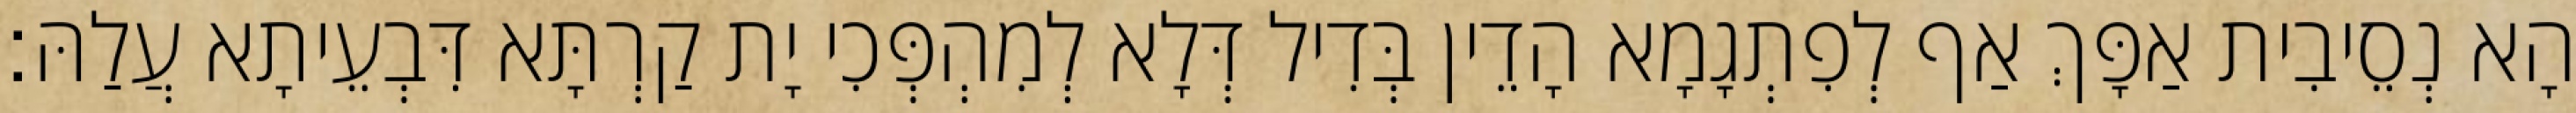
הָא נְסֵיבִית אַפָּךְ אַף לְפִתְגָמָא הָדֵין בְּדִיל דְּלָא לְמִהְפְּכִי יָת קַרְתָּא דִּבְעֵיתָא עֲלַהּ׃